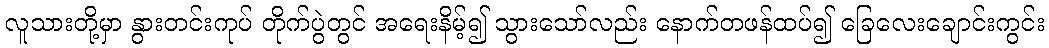
လူသားတို့မှာ နွားတင်းကုပ် တိုက်ပွဲတွင် အရေးနိမ့်၍ သွားသော်လည်း နောက်တဖန်ထပ်၍ ခြေလေးချောင်းကွင်း